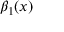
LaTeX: \beta _ { 1 } ( x )